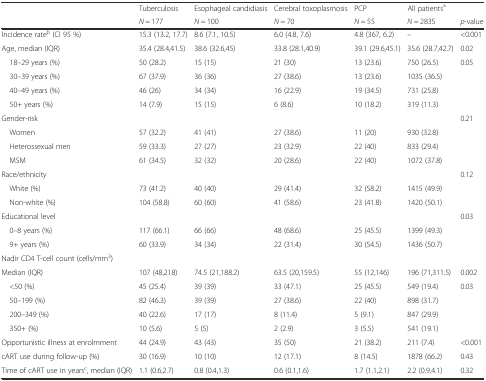
<table><thead><tr><td></td><td><b>Tuberculosis</b></td><td><b>Esophageal candidiasis</b></td><td><b>Cerebral toxoplasmosis</b></td><td><b>PCP</b></td><td><b>All patients<sup>a</sup></b></td><td></td></tr><tr><td></td><td><b><i>N</i> = 177</b></td><td><b><i>N</i> = 100</b></td><td><b><i>N</i> = 70</b></td><td><b><i>N</i> = 55</b></td><td><b><i>N</i> = 2835</b></td><td><b><i>p</i>-value</b></td></tr></thead><tbody><tr><td>Incidence rate<sup>b</sup> (CI 95 %)</td><td>15.3 (13.2, 17.7)</td><td>8.6 (7.1, 10.5)</td><td>6.0 (4.8, 7.6)</td><td>4.8 (367, 6.2)</td><td>–</td><td>&lt;0.001</td></tr><tr><td>Age, median (IQR)</td><td>35.4 (28.4,41.5)</td><td>38.6 (32.6,45)</td><td>33.8 (28.1,40.9)</td><td>39.1 (29.6,45.1)</td><td>35.6 (28.7,42.7)</td><td>0.02</td></tr><tr><td> 18–29 years (%)</td><td>50 (28.2)</td><td>15 (15)</td><td>21 (30)</td><td>13 (23.6)</td><td>750 (26.5)</td><td>0.05</td></tr><tr><td> 30–39 years (%)</td><td>67 (37.9)</td><td>36 (36)</td><td>27 (38.6)</td><td>13 (23.6)</td><td>1035 (36.5)</td><td></td></tr><tr><td> 40–49 years (%)</td><td>46 (26)</td><td>34 (34)</td><td>16 (22.9)</td><td>19 (34.5)</td><td>731 (25.8)</td><td></td></tr><tr><td> 50+ years (%)</td><td>14 (7.9)</td><td>15 (15)</td><td>6 (8.6)</td><td>10 (18.2)</td><td>319 (11.3)</td><td></td></tr><tr><td>Gender-risk</td><td></td><td></td><td></td><td></td><td></td><td>0.21</td></tr><tr><td> Women</td><td>57 (32.2)</td><td>41 (41)</td><td>27 (38.6)</td><td>11 (20)</td><td>930 (32.8)</td><td></td></tr><tr><td> Heterossexual men</td><td>59 (33.3)</td><td>27 (27)</td><td>23 (32.9)</td><td>22 (40)</td><td>833 (29.4)</td><td></td></tr><tr><td> MSM</td><td>61 (34.5)</td><td>32 (32)</td><td>20 (28.6)</td><td>22 (40)</td><td>1072 (37.8)</td><td></td></tr><tr><td>Race/ethnicity</td><td></td><td></td><td></td><td></td><td></td><td>0.12</td></tr><tr><td> White (%)</td><td>73 (41.2)</td><td>40 (40)</td><td>29 (41.4)</td><td>32 (58.2)</td><td>1415 (49.9)</td><td></td></tr><tr><td> Non-white (%)</td><td>104 (58.8)</td><td>60 (60)</td><td>41 (58.6)</td><td>23 (41.8)</td><td>1420 (50.1)</td><td></td></tr><tr><td>Educational level</td><td></td><td></td><td></td><td></td><td></td><td>0.03</td></tr><tr><td> 0–8 years (%)</td><td>117 (66.1)</td><td>66 (66)</td><td>48 (68.6)</td><td>25 (45.5)</td><td>1399 (49.3)</td><td></td></tr><tr><td> 9+ years (%)</td><td>60 (33.9)</td><td>34 (34)</td><td>22 (31.4)</td><td>30 (54.5)</td><td>1436 (50.7)</td><td></td></tr><tr><td colspan="2">Nadir CD4 T-cell count (cells/mm<sup>3</sup>)</td><td></td><td></td><td></td><td></td><td></td></tr><tr><td>Median (IQR)</td><td>107 (48,218)</td><td>74.5 (21,188.2)</td><td>63.5 (20,159.5)</td><td>55 (12,146)</td><td>196 (71,311.5)</td><td>0.002</td></tr><tr><td> &lt;50 (%)</td><td>45 (25.4)</td><td>39 (39)</td><td>33 (47.1)</td><td>25 (45.5)</td><td>549 (19.4)</td><td>0.03</td></tr><tr><td> 50–199 (%)</td><td>82 (46.3)</td><td>39 (39)</td><td>27 (38.6)</td><td>22 (40)</td><td>898 (31.7)</td><td></td></tr><tr><td> 200–349 (%)</td><td>40 (22.6)</td><td>17 (17)</td><td>8 (11.4)</td><td>5 (9.1)</td><td>847 (29.9)</td><td></td></tr><tr><td> 350+ (%)</td><td>10 (5.6)</td><td>5 (5)</td><td>2 (2.9)</td><td>3 (5.5)</td><td>541 (19.1)</td><td></td></tr><tr><td>Opportunistic illness at enrolmment</td><td>44 (24.9)</td><td>43 (43)</td><td>35 (50)</td><td>21 (38.2)</td><td>211 (7.4)</td><td>&lt;0.001</td></tr><tr><td>cART use during follow-up (%)</td><td>30 (16.9)</td><td>10 (10)</td><td>12 (17.1)</td><td>8 (14.5)</td><td>1878 (66.2)</td><td>0.43</td></tr><tr><td>Time of cART use in years<sup>c</sup>, median (IQR)</td><td>1.1 (0.6,2.7)</td><td>0.8 (0.4,1.3)</td><td>0.6 (0.1,1.6)</td><td>1.7 (1.1,2.1)</td><td>2.2 (0.9,4.1)</td><td>0.32</td></tr></tbody></table>